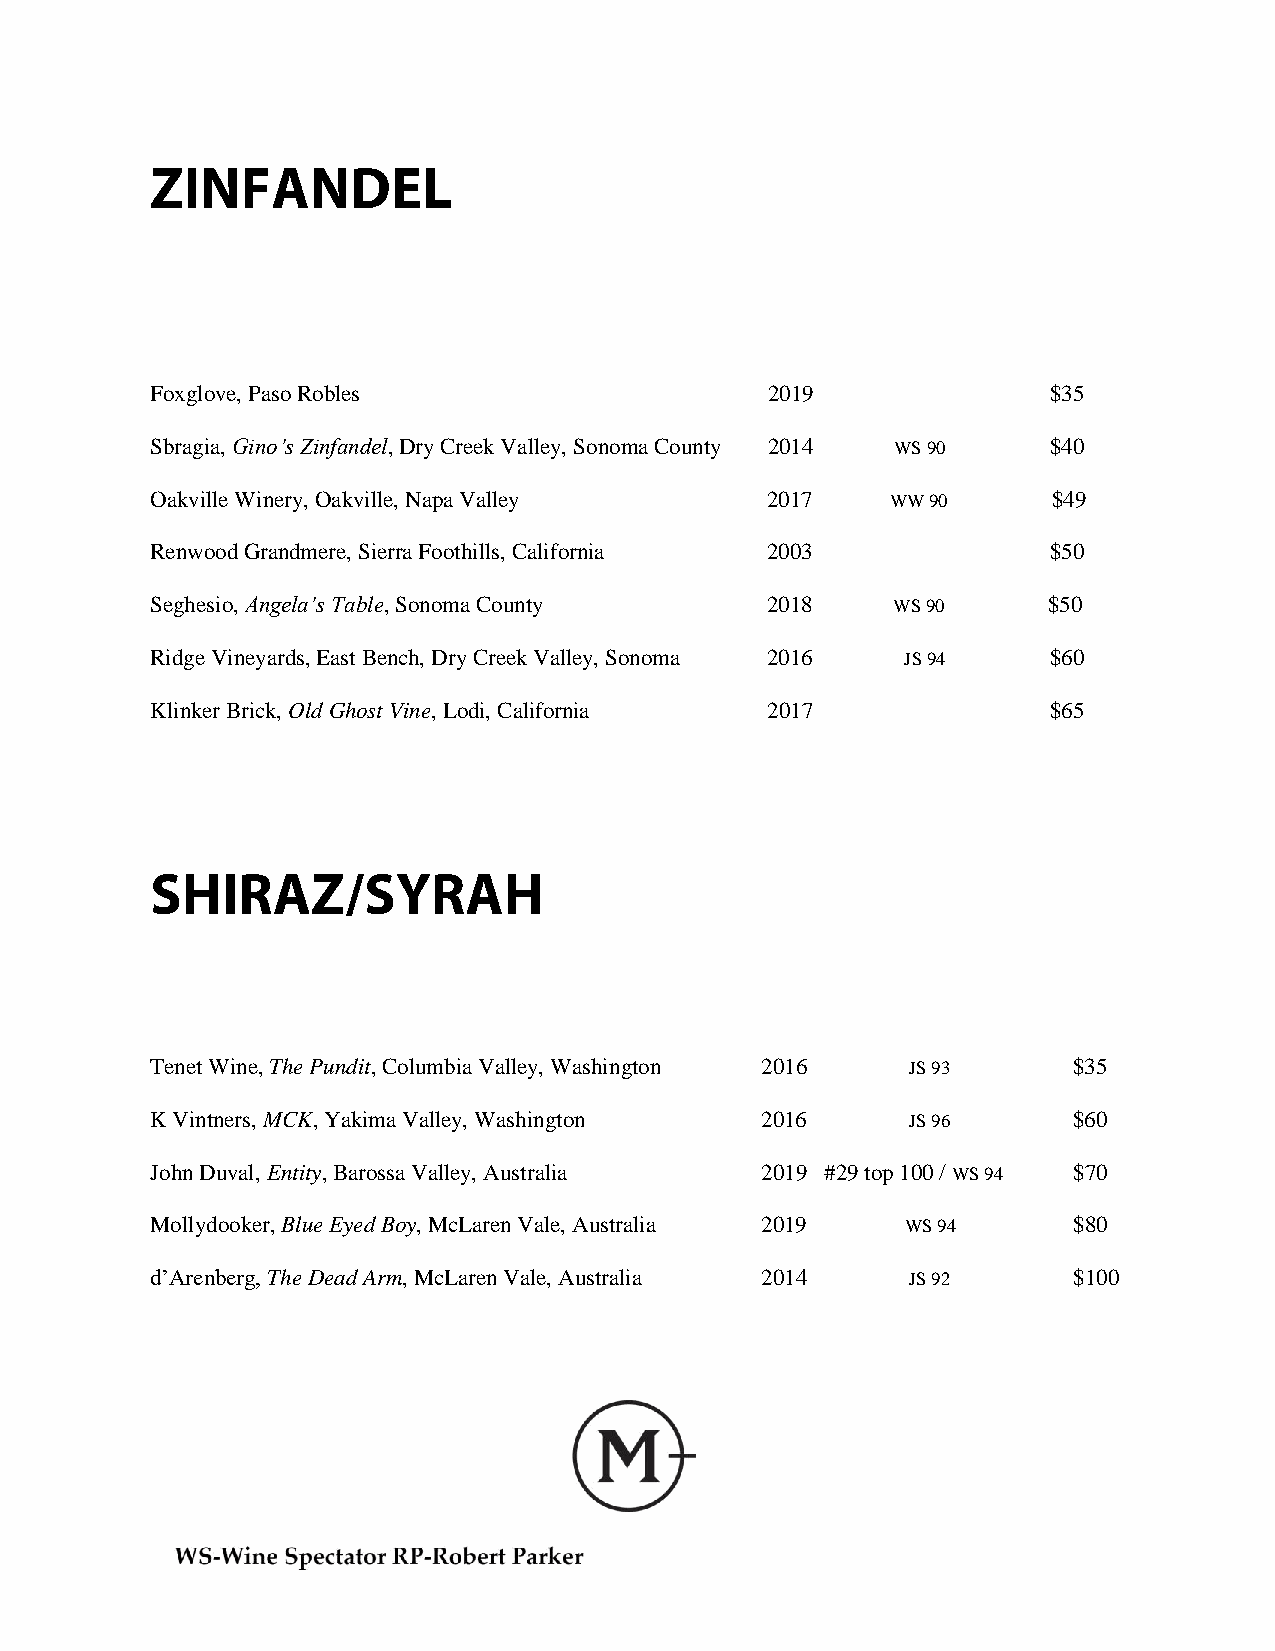
Foxglove, Paso Robles                    2019               $35
 Sbragia, Gino’s Zinfandel, Dry Creek Valley, Sonoma County 2014 WS 90 $40
 Oakville Winery, Oakville, Napa Valley   2017    WW 90      $49
 Renwood Grandmere, Sierra Foothills, California 2003        $50
 Seghesio, Angela’s Table, Sonoma County  2018    WS 90     $50
 Ridge Vineyards, East Bench, Dry Creek Valley, Sonoma 2016 JS 94 $60
 Klinker Brick, Old Ghost Vine, Lodi, California 2017        $65
 Tenet Wine, The Pundit, Columbia Valley, Washington 2016 JS 93 $35
 K Vintners, MCK, Yakima Valley, Washington 2016   JS 96      $60
 John Duval, Entity, Barossa Valley, Australia 2019 #29 top 100 / WS 94 $70
 Mollydooker, Blue Eyed Boy, McLaren Vale, Australia 2019 WS 94 $80
 d’Arenberg, The Dead Arm, McLaren Vale, Australia 2014 JS 92 $100